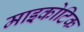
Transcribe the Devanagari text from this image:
माइकोटिक